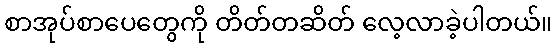
စာအုပ်စာပေတွေကို တိတ်တဆိတ် လေ့လာခဲ့ပါတယ်။